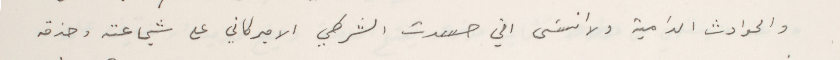
والحوادث الدامية ولا انسَى اني حسدت الشرطي الاميركاني على شجاعته وحذقه